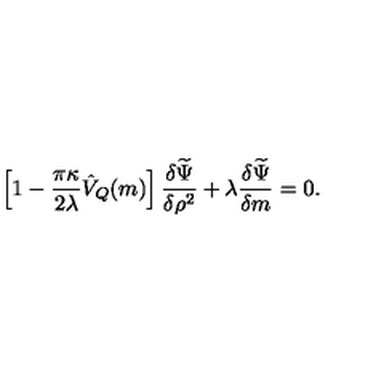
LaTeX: \left[ 1 - \frac { \pi \kappa } { 2 \lambda } \hat { V } _ { Q } ( m ) \right] \frac { \delta \widetilde \Psi } { \delta \rho ^ { 2 } } + \lambda \frac { \delta \widetilde \Psi } { \delta m } = 0 .